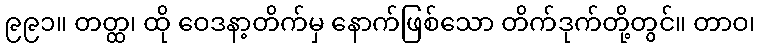
၉၉၁။ တတ္ထ၊ ထို ဝေဒနာ့တိက်မှ နောက်ဖြစ်သော တိက်ဒုက်တို့တွင်။ တာဝ၊